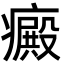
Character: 癜